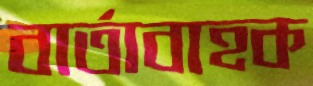
বার্তাবাহক